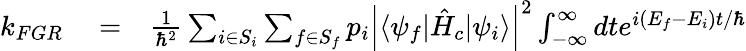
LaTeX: \begin{array}{rlr}{k_{FGR}}&{{}=}&{\frac{1}{\hbar^{2}}\sum_{i\in S_{i}}\sum_{f\in S_{f}}p_{i}\left|\langle\psi_{f}|\hat{H}_{c}|\psi_{i}\rangle\right|^{2}\int_{-\infty}^{\infty}dte^{i(E_{f}-E_{i})t/\hbar}}\end{array}